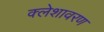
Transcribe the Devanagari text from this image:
क्लेशावरण